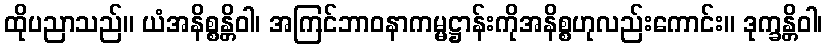
ထိုပညာသည်။ ယံအနိစ္စန္တိဝါ၊ အကြင်ဘာဝနာကမ္မဋ္ဌာန်းကိုအနိစ္စဟုလည်းကောင်း။ ဒုက္ခန္တိဝါ၊